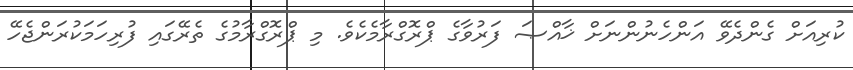
ކުރިއަށް ގެންދެވޭ އަންހެނުންނަށް ޚާއްޞަ ފަރުވާގެ ޕްރޮގްރާމެކެވެ. މި ޕްރޮގްރާމުގެ ތެރޭގައި ފުރިހަމަކުރަންޖެހޭ